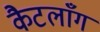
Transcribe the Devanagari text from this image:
कैटलाँग